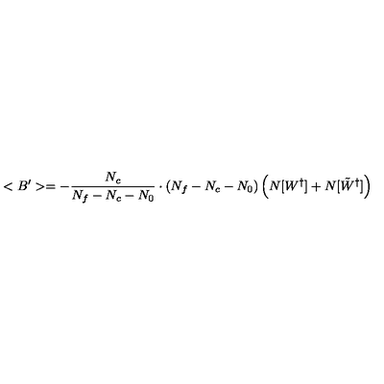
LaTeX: < B ^ { \prime } > = - \frac { N _ { c } } { N _ { f } - N _ { c } - N _ { 0 } } \cdot ( N _ { f } - N _ { c } - N _ { 0 } ) \left( N [ W ^ { \dagger } ] + N [ \tilde { W } ^ { \dagger } ] \right)